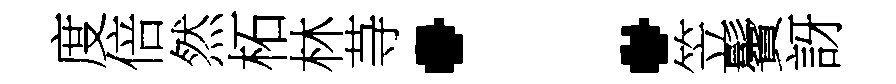
度倍然柘林䒭：笠鬢訝